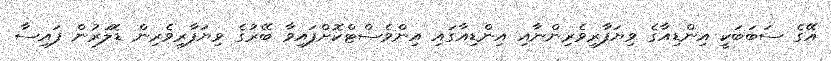
އޭގެ ސަބަބަކީ އިންޑިއާގެ ވިޔަފާރިވެރިންނާއި އިންޑިއާގައި އިންވެސްޓްކޮށްފައިވާ ބޭރުގެ ވިޔަފާރިވެރިން ޑޮލަރުން ފައިސާ